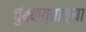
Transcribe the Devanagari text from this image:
चुंबकत्वाच्या